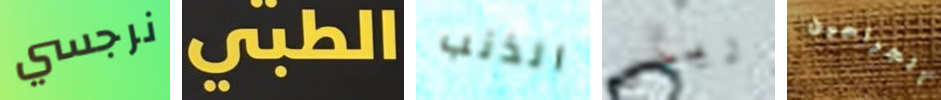
نرجسي الطبي الذنب رينى الجراحين